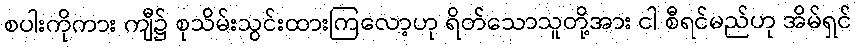
စပါးကိုကား ကျီ၌ စုသိမ်းသွင်းထားကြလော့ဟု ရိတ်သောသူတို့အား ငါ စီရင်မည်ဟု အိမ်ရှင်